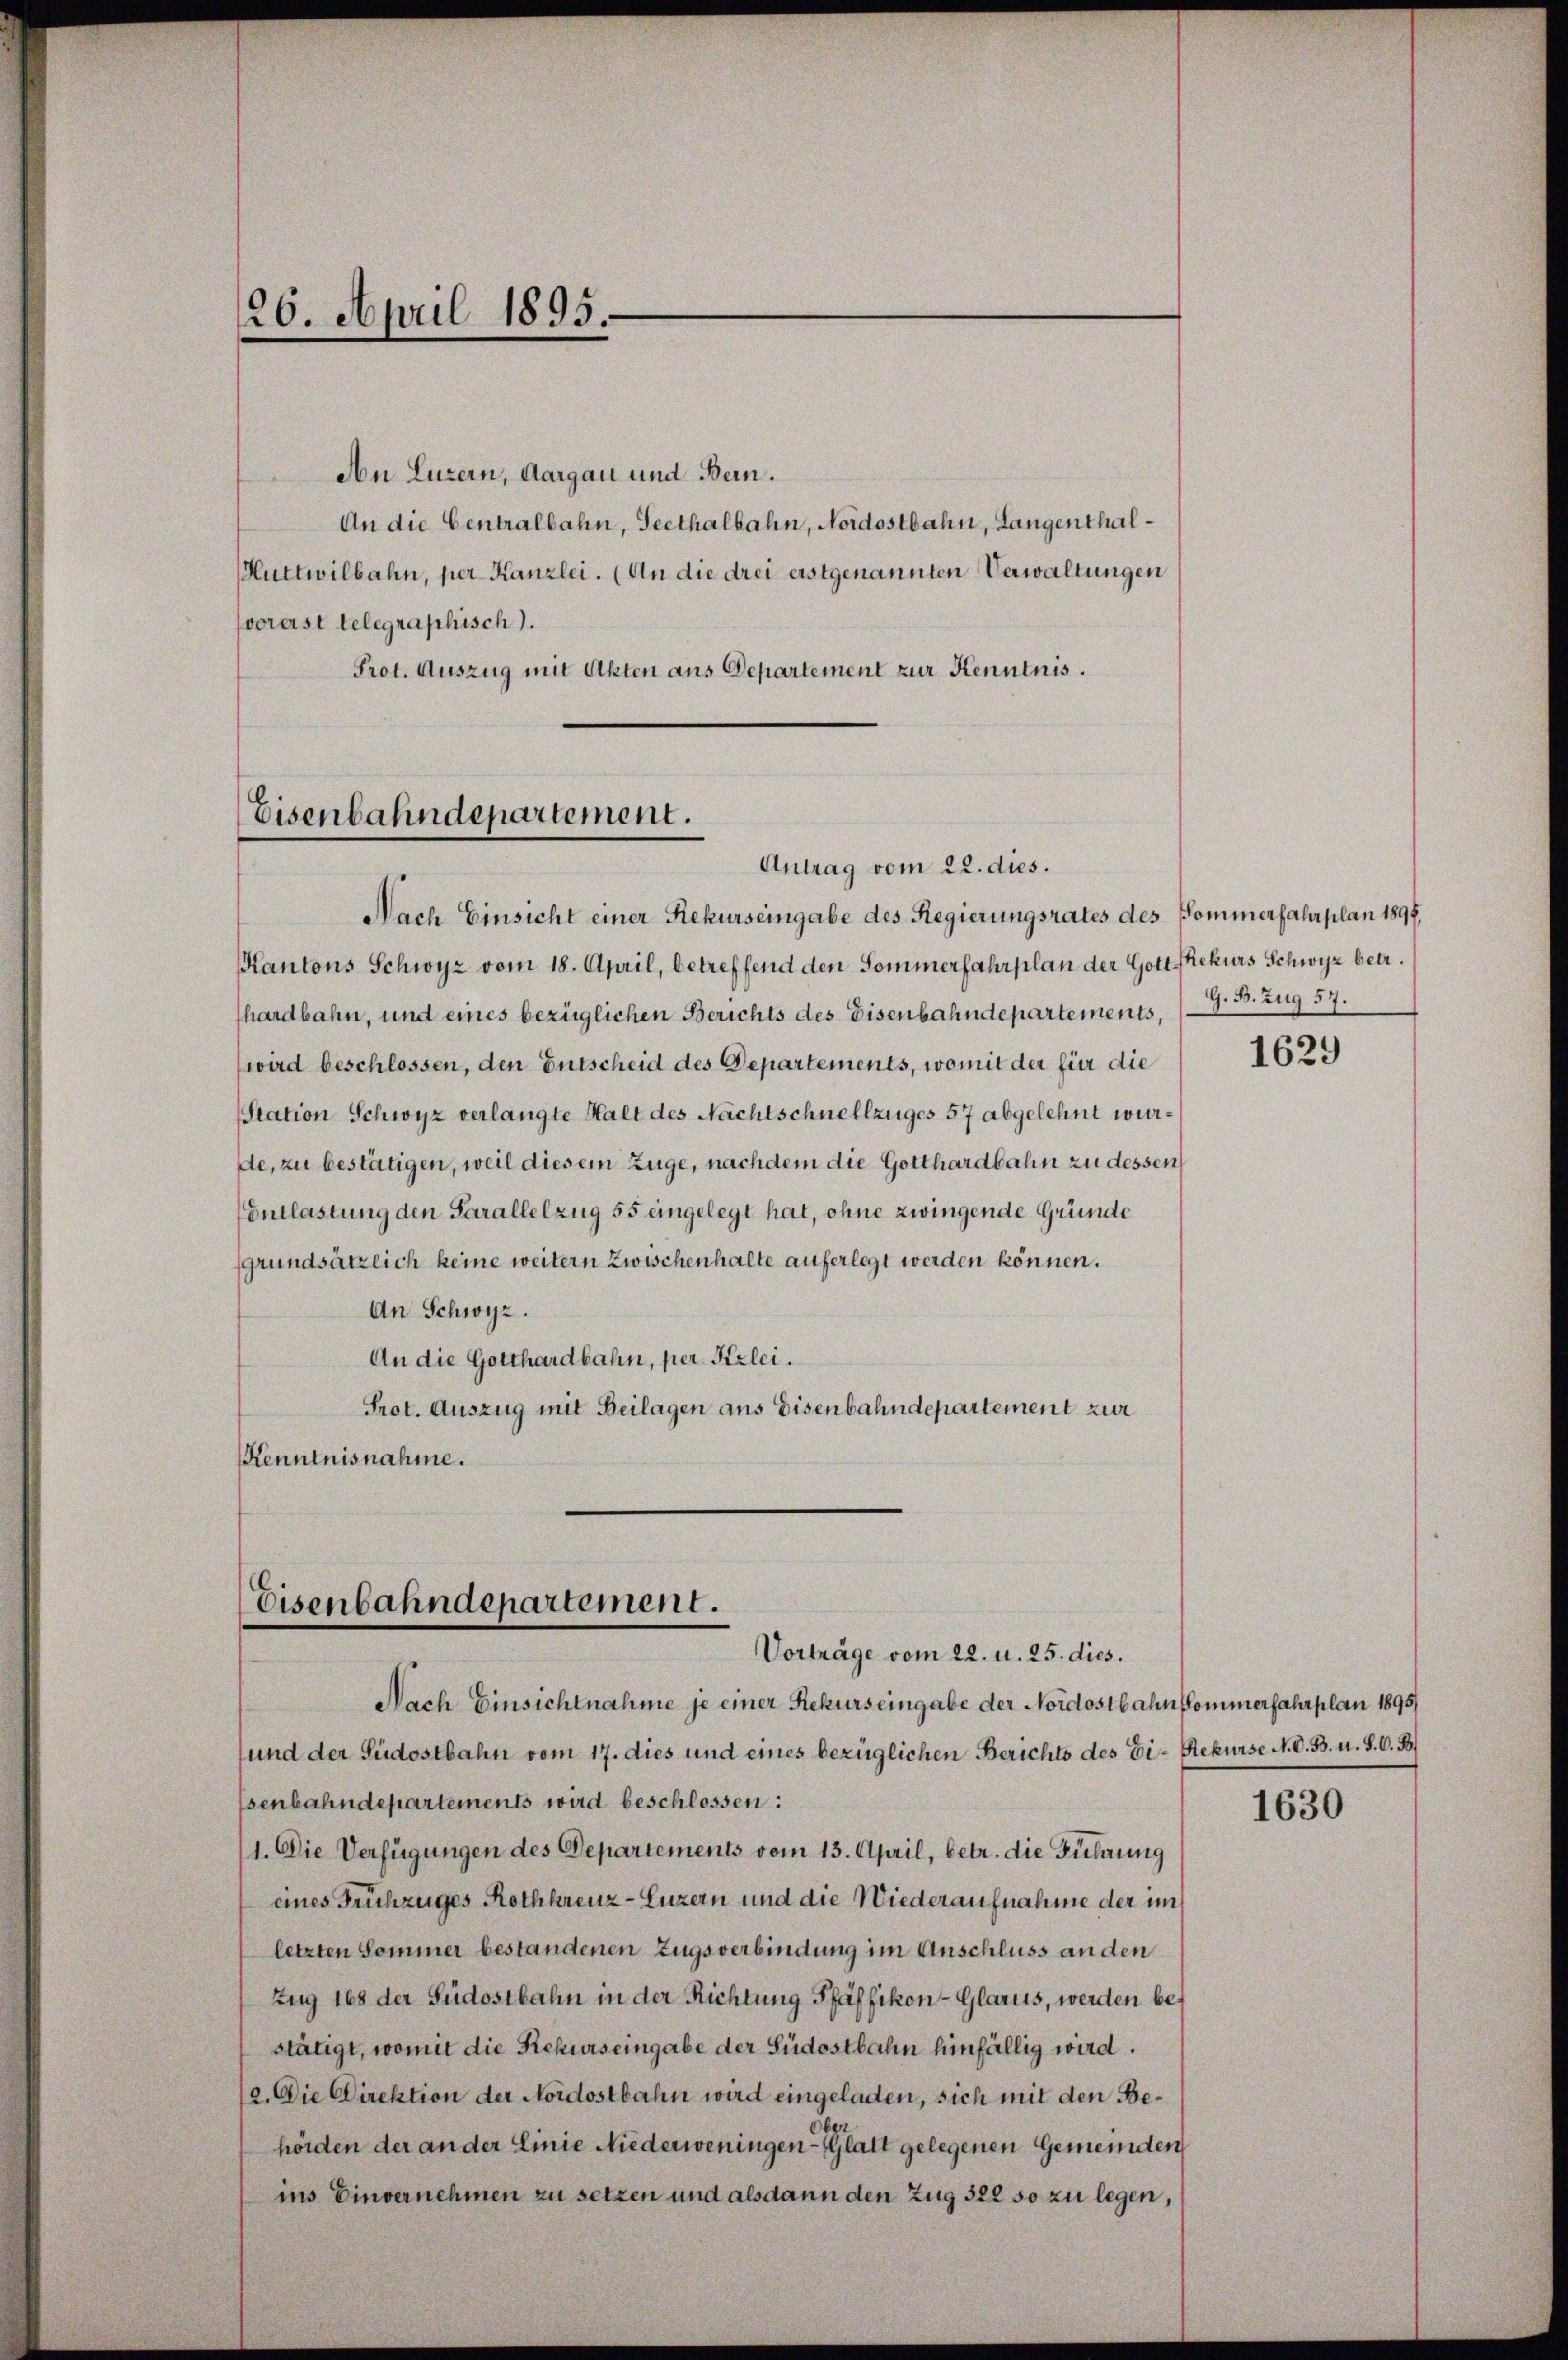
26. April 1895.

An Luzern, Aargau und Bern.
An die Centralbahn, Seethalbahn, Nordostbahn, Langenthaluttwilbahn, per Kanzlei. (An die drei erstgenannten Verwaltungen
vorerst telegraphisch).
Prot. Auszug mit Akten aus Departement zur Kenntnis.

Eisenbahndepartement.

Antrag vom 22. dies.
Nach Einsicht einer Rekurseingabe des Regierungsrates des Pommerfahrplan 1894,
Kantons Schwyz vom 18. April, betreffend den Sommerfahrplan der Gott Rekurs Schwyz betr.
hardbahn, und eines bezüglichen Berichts des Eisenbahndepartements,
wird beschlossen, den Entscheid des Departements, womit der für die
Station Schwyz verlangte Halt des Nachtschnellzuges 57 abgelehnt wurde, zu bestätigen, weil diesem Zuge, nachdem die Gotthardbahn zu dessen
EEntlastung den Parallelzug 55 eingelegt hat, ohne zwingende Gründe
grundsätzlich keine weitern Zwischenhalte auferlegt werden können.
An Schwyz.
An die Gotthardbahn, per Kerlei.
Prot. Auszug mit Beilagen aus Eisenbahndepartement zur
Kenntnisnahme.

Eisenbahndepartement.
Vorträge vom 22. u. 25. dies.

Nach Einsichtnahme je einer Rekurs eingabe der Nordostbahnkommerfahrplan 1895/
und der Südostbahn vom 17. dies und eines bezüglichen Berichts des Ei- Rekurse N. O. B. u. S. C. B
senbahndepartements wird beschlossen:
(1. Die Verfügungen des Departements vom 13. April, betr. die Führung
eines Frühzuges Rothkreuz-Luzern und die Wiederaufnahme der im
letzten Sammer bestandenen Zugsverbindung im Anschluss an den
Zug 168 der Südostbahn in der Richtung Pfäffikon - Glarus, werden bestätigt, womit die Rekurs eingabe der Südostbahn hinfällig wird.
12. Die Direktion der Nordostbahn wird eingeladen, sich mit den Behörden der an der Linie Niederweningen Glatt gelegenen Gemeinden
ins Einvernehmen zu setzen und alsdann den Zug 322 so zu legen,

G. B. Zug 57.

1629

1630